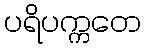
ပရိပက္ကတေ